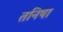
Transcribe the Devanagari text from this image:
तनिषा